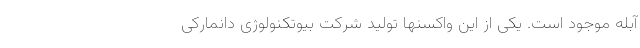
آبله موجود است. یکی از این واکسنها تولید شرکت بیوتکنولوژی دانمارکی